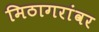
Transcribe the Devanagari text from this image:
मिठागरांवर